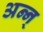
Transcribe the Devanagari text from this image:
अन्न्